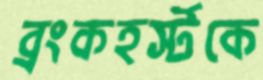
ব্রংকহর্স্টকে